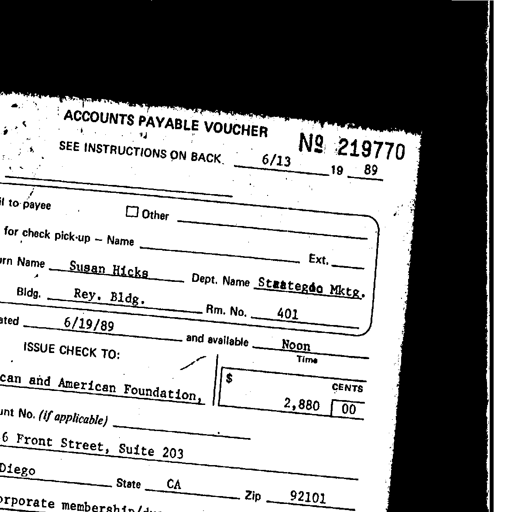
ACCOUNTS PAYABLE VOUCHER NO 219770
SEE INSTRUCTIONS ON BACK. 6/13 19 89
to payee Other
for check pick-up - Name Ext.
rn Name Susan Hicks Dept. Name Strategic Mktg.
Bldg. Rey. Bldg. Rm. No. 401
ated 6/19/89 and available Noon
ISSUE CHECK TO: Time
$ CENTS
can and American Foundation, 2,880 00
unt No. (if applicable)
6 Front Street, Suite 203
Diego State CA Zip 92101
rporate membership/duo